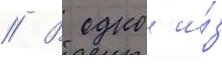
// В однои и́з